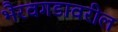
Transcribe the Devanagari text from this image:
भैरवगडावरील